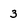
Character: 3